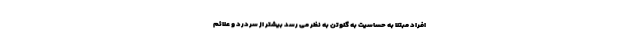
افراد مبتلا به حساسیت به گلوتن به نظر می رسد بیشتر از سردرد و علائم